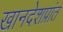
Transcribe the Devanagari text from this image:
खानदेशप्रांत